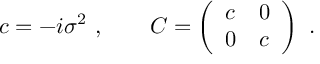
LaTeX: c = - i \sigma ^ { 2 } \ , \qquad C = \left( \begin{array} { l l } { { c } } & { { 0 } } \\ { { 0 } } & { { c } } \end{array} \right) \ .